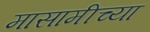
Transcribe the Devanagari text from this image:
मासामीच्या